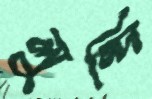
লুন্দি